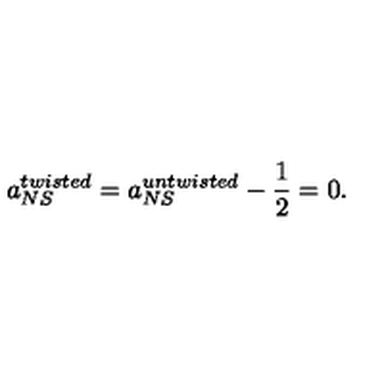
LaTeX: a _ { N S } ^ { t w i s t e d } = a _ { N S } ^ { u n t w i s t e d } - \frac { 1 } { 2 } = 0 .